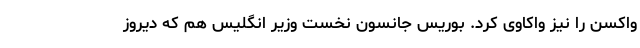
واکسن را نیز واکاوی کرد. بوریس جانسون نخست وزیر انگلیس هم که دیروز